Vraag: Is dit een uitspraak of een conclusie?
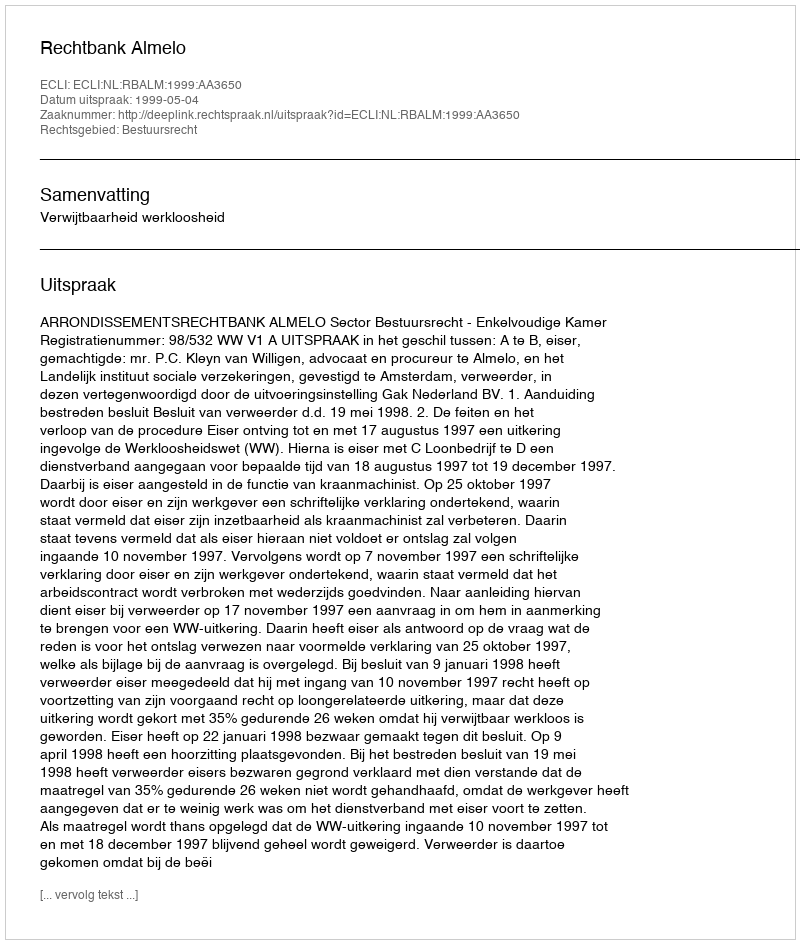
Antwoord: Uitspraak